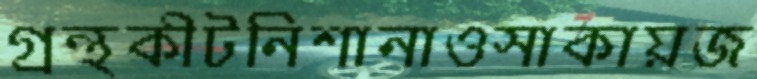
গ্রন্থকীটনিশানাওসাকায়জ